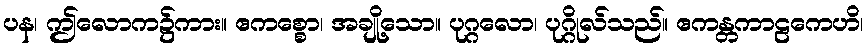
ပန၊ ဤလောက၌ကား။ ဧကစ္စော၊ အချို့သော။ ပုဂ္ဂလော၊ ပုဂ္ဂိုလ်သည်။ ဧကန္တကာဠကေဟိ၊